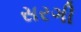
સરગી